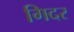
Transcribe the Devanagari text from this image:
गिदर